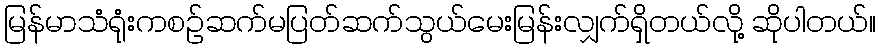
မြန်မာသံရုံးကစဉ်ဆက်မပြတ်ဆက်သွယ်မေးမြန်းလျှက်ရှိတယ်လို့ ဆိုပါတယ်။